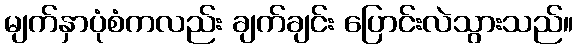
မျက်နှာပုံစံကလည်း ချက်ချင်း ပြောင်းလဲသွားသည်။